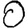
Digit: 0